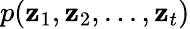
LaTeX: p(\mathbf{z}_{1},\mathbf{z}_{2},...,\mathbf{z}_{t})